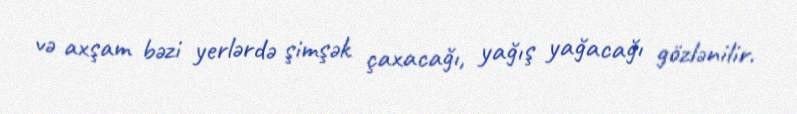
və axşam bəzi yerlərdə şimşək çaxacağı, yağış yağacağı gözlənilir.